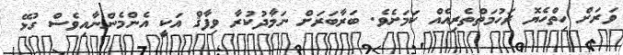
ވަރަށް ހިތްހެޔޮ ރަހުމަތްތެރިއެއް ކަމަށެވެ. ބަރާބަރަށް ނަމާދުކުރާ ވިފާޤް އަކީ އެންމެންނާއިވެސް ގުޅޭ